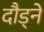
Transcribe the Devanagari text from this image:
दौड्ने